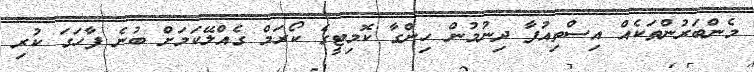
މެންބަރުންތަކެއް އިސްތިއުފާ ދިނުމުން ހިންގާ ކޮމިޓީގެ ކޯރަމް ގެއްލޭކަމަށް ބުނެ ފާހަގަ ކުރި